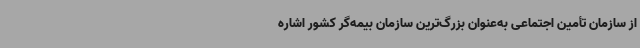
از سازمان تأمین اجتماعی به‌عنوان بزرگ‌ترین سازمان بیمه‌گر کشور اشاره